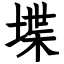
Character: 堞